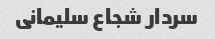
سردار شجاع سلیمانی